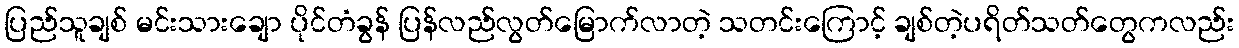
ပြည်သူချစ် မင်းသားချော ပိုင်တံခွန် ပြန်လည်လွတ်မြောက်လာတဲ့ သတင်းကြောင့် ချစ်တဲ့ပရိတ်သတ်တွေကလည်း